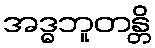
အဒ္ဓဘူတန္တိ